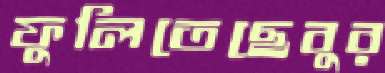
ফুলিতেছেবুর